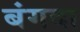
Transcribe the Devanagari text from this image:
बंगदा